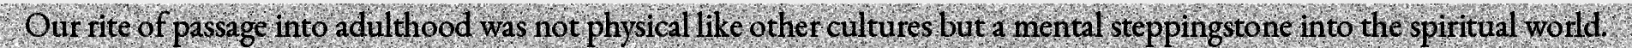
Our rite of passage into adulthood was not physical like other cultures but a mental steppingstone into the spiritual world.